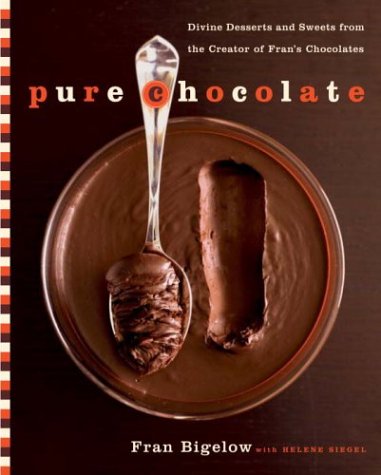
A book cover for Pure Chocolate: Divine Desserts and Sweets from the Creator of Fran's Chocolates; Fran Bigelow; Cookbooks, Food & Wine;